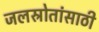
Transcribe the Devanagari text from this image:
जलस्रोतांसाठी